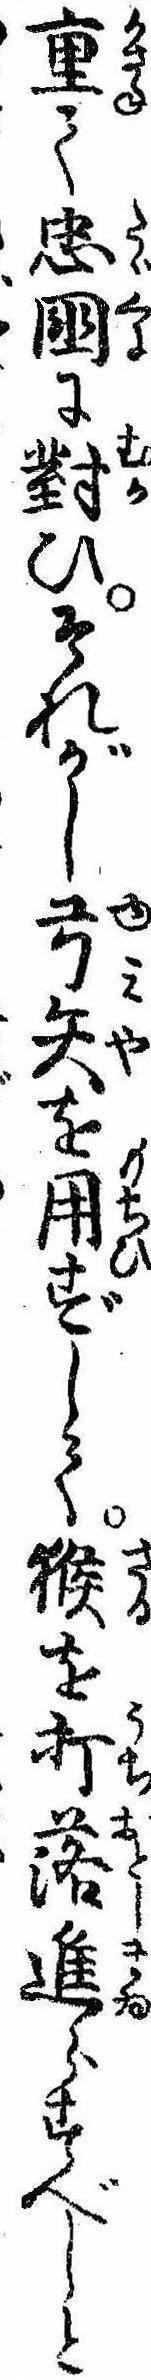
重て忠国に対ひそれがし弓矢を用ずして猴を打落進らすべしと